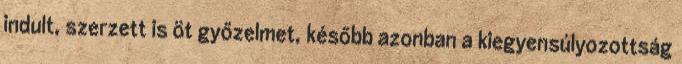
indult, szerzett is öt győzelmet, később azonban a kiegyensúlyozottság